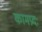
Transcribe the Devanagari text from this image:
कामप्रदः